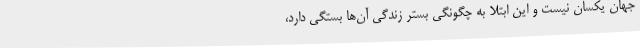
جهان یکسان نیست و این ابتلا به چگونگی بستر زندگی آن‌ها بستگی دارد،